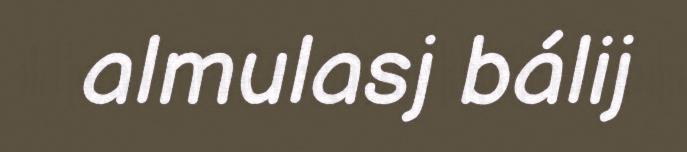
almulasj bálij